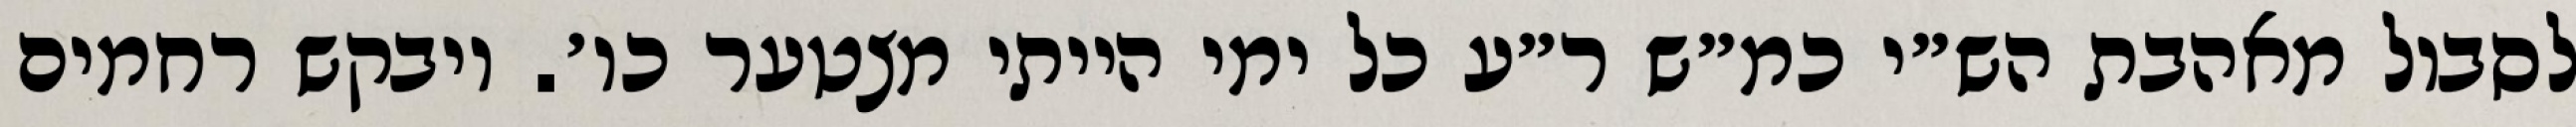
לסבול מאהבת הש״י כמ״ש ר״ע כל ימי הייתי מצטער כו׳. ויבקש רחמים